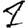
Digit: 1